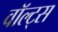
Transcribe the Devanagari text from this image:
वॉल्ट्स